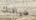
ضيافتك